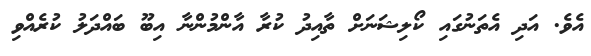
އެވެ. އަދި އެތަނުގައި ކޯލިޝަނަށް ތާއިދު ކުރާ އާންމުންނާ އިބޫ ބައްދަލު ކުރެއްވި